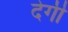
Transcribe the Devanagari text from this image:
देगीं